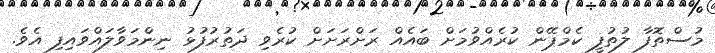
މުސްތޮފާ ލުތުފީ ކެމްޕޭން ކުރެއްވުމަށް ބައެއް ރަށްރަށަށް ކުރެވި ދަތުރުފުޅު ނިންމަވާލައްވައިފި އެވެ.